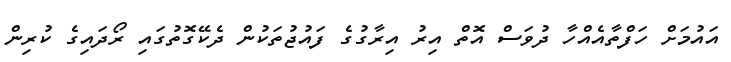
އައުމަށް ހަފްތާއެއްހާ ދުވަސް އޮތް އިރު އިރާގުގެ ފައުޖުތަކުން ދެކޭގޮތުގައި ރޯދައިގެ ކުރިން